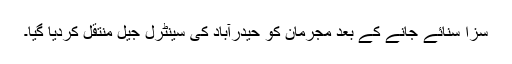
سزا سنائے جانے کے بعد مجرمان کو حیدرآباد کی سینٹرل جیل منتقل کردیا گیا۔